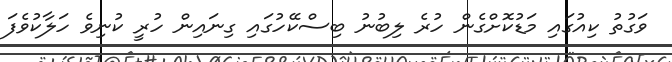
ވަގުތު ކިއުގައި މަޑުކޮށްގެން ހުރެ ލިބުނު ބިސްކޭހުގައި ގިނައިން ހުރީ ކުނިވެ ހަލާކުވެފަ